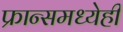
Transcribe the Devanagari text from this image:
फ्रान्समध्येही